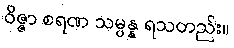
ဝိဇ္ဇာ စရဏ သမ္ပန္န ရသတည်း။